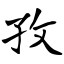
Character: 孜